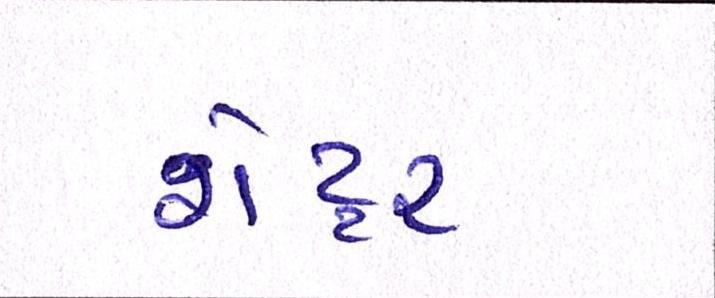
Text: શેટ્ટર